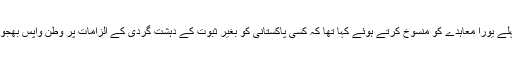
خیال رہے کہ پاکستانی وزیر داخلہ نے چند روز پہلے یورا معاہدے کو منسوخ کرتے ہوئے کہا تھا کہ کسی پاکستانی کو بغیر ثبوت کے دہشت گردی کے الزامات پر وطن واپس بھجوانے پر پاکستان میں اسے اترنے نہیں دیا جائے گا۔